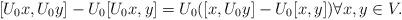
LaTeX: \begin{align*}[U_0x,U_0y]-U_0[U_0x,y]=U_0([x,U_0y]-U_0[x,y]) \forall x,y\in V.\end{align*}